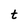
Character: t